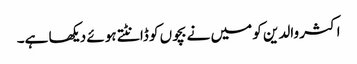
اکثر والدین کو میں نے بچوں کو ڈانٹتے ہوئے دیکھا ہے۔